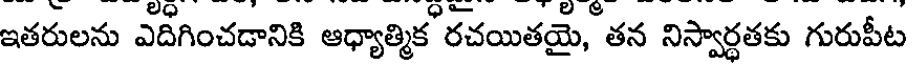
ఇతరులను ఎద్గించడానికి ఆధ్యాత్మిక రచయితయై, తన నిస్వార్ధతకు గురుపీట